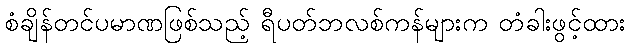
စံချိန်တင်ပမာဏဖြစ်သည့် ရီပတ်ဘလစ်ကန်များက တံခါးဖွင့်ထား